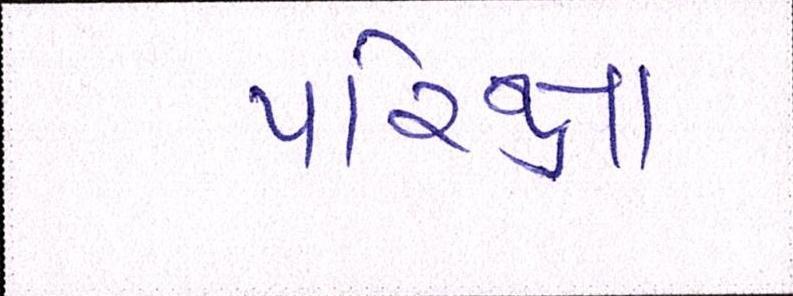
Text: પરિક્ષા